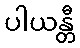
ပါယန္တီ